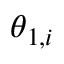
\theta _ { 1 , i }